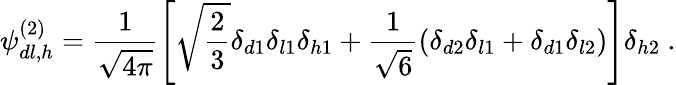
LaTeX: \psi_{dl,h}^{(2)}=\frac{1}{\sqrt{4\pi}}\left[\sqrt{\frac{2}{3}}\delta_{d1}\delta_{l1}\delta_{h1}+\frac{1}{\sqrt{6}}\left(\delta_{d2}\delta_{l1}+\delta_{d1}\delta_{l2}\right)\right]\delta_{h2}\ .